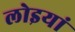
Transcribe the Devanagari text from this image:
लोइयां